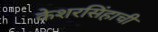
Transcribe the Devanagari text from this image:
केशरसिंहाची